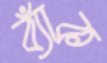
ব্যাঁক